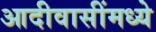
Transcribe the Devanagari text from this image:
आदीवासींमध्ये